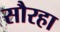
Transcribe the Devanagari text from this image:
सौरहा